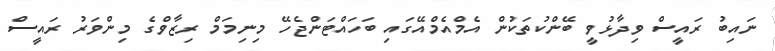
ނައިބު ރައީސް ވިދާޅުވީ ބޭންކުތަކުން އެމްއެމްއޭގައި ބަހައްޓަންޖެހޭ މިނިމަމް ރިޒާވްގެ މިންވަރު ރައީސް